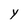
Character: y